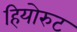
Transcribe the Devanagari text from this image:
हियोरुट